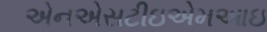
એનએસટીઇએમઆઇ